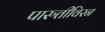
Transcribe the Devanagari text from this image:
पारुतीविरन